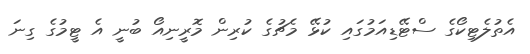
އެތުލެޓިކޯގެ ސްޓޭޑިއަމުގައި ކުޅޭ މެޗުގެ ކުރިން މޮރީނިއޯ ބުނީ އެ ޓީމުގެ ގިނަ